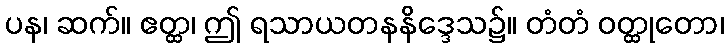
ပန၊ ဆက်။ ဧတ္ထ၊ ဤ ရသာယတနနိဒ္ဒေသ၌။ တံတံ ဝတ္ထုတော၊